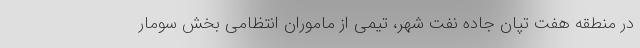
در منطقه هفت تپان جاده نفت شهر، تیمی از ماموران انتظامی بخش سومار